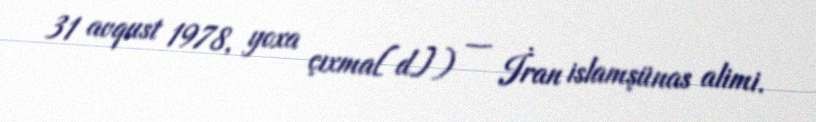
31 avqust 1978, yoxa çıxma[d]) — İran islamşünas alimi.